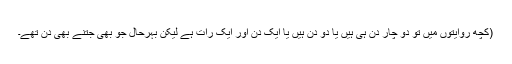
(کچھ روایتوں میں تو دو چار دن ہی ہیں یا دو دن ہیں یا ایک دن اور ایک رات ہے لیکن بہرحال جو بھی جتنے بھی دن تھے۔